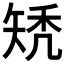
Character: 𥏐